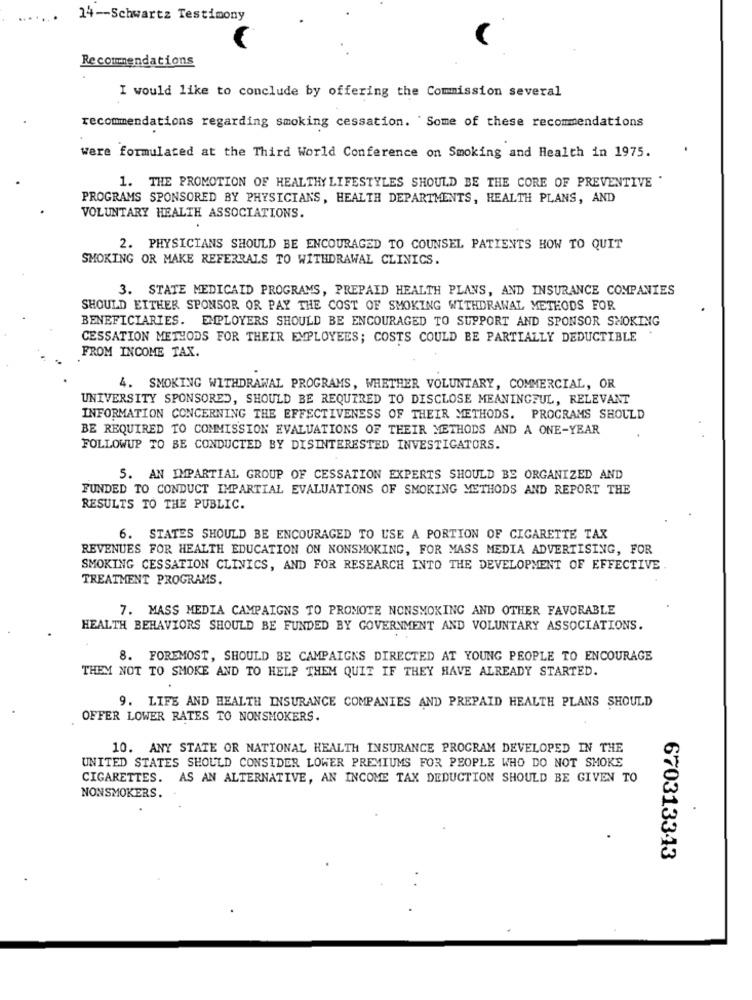
14 -- Schwartz Testimony
Recommendations
I would like to conclude by offering the Commission several
recommendations regarding smoking cessation. Some of these recommendations
were formulated at the Third World Conference on Smoking and Health in 1975.
1. THE PROMOTION OF HEALTHY LIFESTYLES SHOULD BE THE CORE OF PREVENTIVE "
PROGRAMS SPONSORED BY PHYSICIANS, HEALTH DEPARTMENTS, HEALTH PLANS, AND
VOLUNTARY HEALTH ASSOCIATIONS.
2. PHYSICIANS SHOULD BE ENCOURAGED TO COUNSEL PATIENTS HOW TO QUIT
SMOKING OR MAKE REFERRALS TO WITHDRAWAL CLINICS.
3. STATE MEDICAID PROGRAMS, PREPAID HEALTH PLANS, AND INSURANCE COMPANIES
SHOULD EITHER SPONSOR OR PAY THE COST OF SMOKING WITHDRAWAL METHODS FOR
BENEFICIARIES. EMPLOYERS SHOULD BE ENCOURAGED TO SUPPORT AND SPONSOR SMOKING
CESSATION METHODS FOR THEIR EMPLOYEES; COSTS COULD BE PARTIALLY DEDUCTIBLE
FROM INCOME TAX.
4. SMOKING WITHDRAWAL PROGRAMS, WHETHER VOLUNTARY, COMMERCIAL, OR
UNIVERSITY SPONSORED, SHOULD BE REQUIRED TO DISCLOSE MEANINGFUL, RELEVANT
INFORMATION CONCERNING THE EFFECTIVENESS OF THEIR METHODS. PROGRAMS SHOULD
BE REQUIRED TO COMMISSION EVALUATIONS OF THEIR METHODS AND A ONE-YEAR
FOLLOWUP TO BE CONDUCTED BY DISINTERESTED INVESTIGATORS.
5. AN IMPARTIAL GROUP OF CESSATION EXPERTS SHOULD BE ORGANIZED AND
FUNDED TO CONDUCT IMPARTIAL EVALUATIONS OF SMOKING METHODS AND REPORT THE
RESULTS TO THE PUBLIC.
6. STATES SHOULD BE ENCOURAGED TO USE A PORTION OF CIGARETTE TAX
REVENUES FOR HEALTH EDUCATION ON NONSMOKING, FOR MASS MEDIA ADVERTISING, FOR
SMOKING CESSATION CLINICS, AND FOR RESEARCH INTO THE DEVELOPMENT OF EFFECTIVE
TREATMENT PROGRAMS.
7. MASS MEDIA CAMPAIGNS TO PROMOTE NONSMOKING AND OTHER FAVORABLE
HEALTH BEHAVIORS SHOULD BE FUNDED BY GOVERNMENT AND VOLUNTARY ASSOCIATIONS.
8. FOREMOST, SHOULD BE CAMPAIGNS DIRECTED AT YOUNG PEOPLE TO ENCOURAGE
THEM NOT TO SMOKE AND TO HELP THEM QUIT IF THEY HAVE ALREADY STARTED.
9. LIFE AND HEALTH INSURANCE COMPANIES AND PREPAID HEALTH PLANS SHOULD
OFFER LOWER RATES TO NONSMOKERS.
10. ANY STATE OR NATIONAL HEALTH INSURANCE PROGRAM DEVELOPED IN THE
UNITED STATES SHOULD CONSIDER LOWER PREMIUMS FOR PEOPLE WHO DO NOT SMOKE
CIGARETTES. AS AN ALTERNATIVE, AN INCOME TAX DEDUCTION SHOULD BE GIVEN TO
NONSMOKERS.
670313343